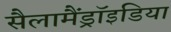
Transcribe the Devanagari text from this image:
सैलामैंड्रॉइडिया